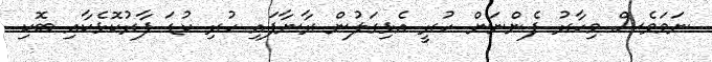
ނަމަވެސް މިހާރު ފެންނަން ހުރީ އެޅިގަލުން ރާނާފައި ހުރި ކުޑަ ފާރުކޮޅެކާއި ބޮކި